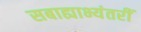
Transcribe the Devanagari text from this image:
सबाह्याभ्यंतरीं